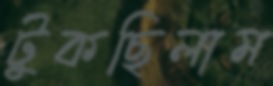
টুকছিলাম